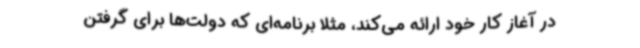
در آغاز کار خود ارائه می‌کند، مثلا برنامه‌ای که دولت‌ها برای گرفتن